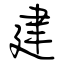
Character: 建